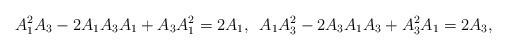
\begin{align*}A_{1}^{2}A_{3}-2A_{1}A_{3}A_{1}+A_{3}A_{1}^{2}=2A_{1},\,\,\, A_{1}A_{3}^{2}-2A_{3}A_{1}A_{3}+A_{3}^{2}A_{1}=2A_{3},\end{align*}